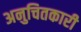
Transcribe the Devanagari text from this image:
अनुचितकारी